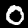
Label: 0